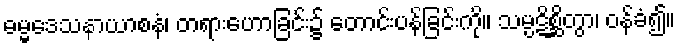
ဓမ္မဒေသနာယာစနံ၊ တရားဟောခြင်း၌ တောင်းပန်ခြင်းကို။ သမ္ပဋိစ္ဆိတွာ၊ ဝန်ခံ၍။